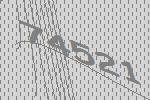
74521